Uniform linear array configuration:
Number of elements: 24
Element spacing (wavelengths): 0.5
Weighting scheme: uniform
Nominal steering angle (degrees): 45
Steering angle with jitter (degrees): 45.063
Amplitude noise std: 0.05
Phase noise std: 0.05

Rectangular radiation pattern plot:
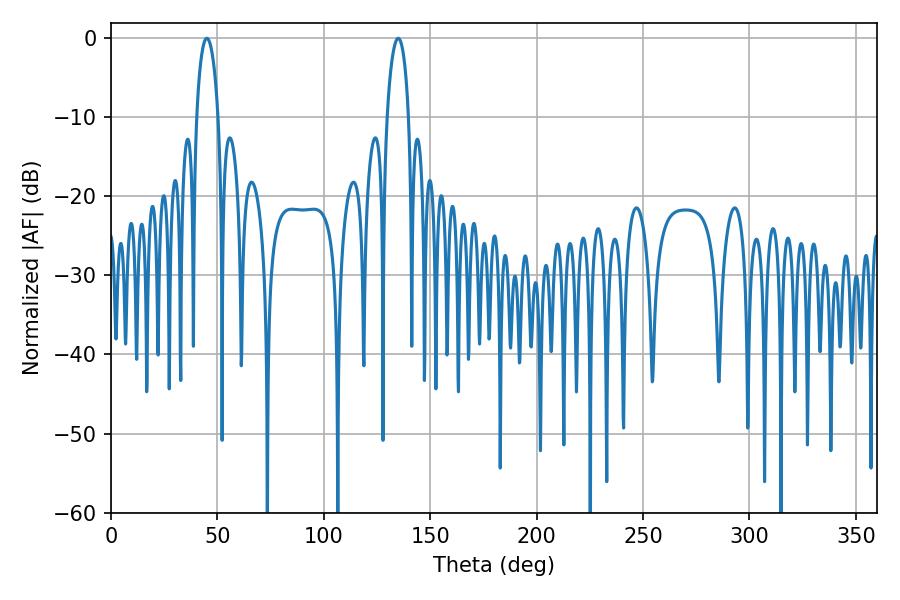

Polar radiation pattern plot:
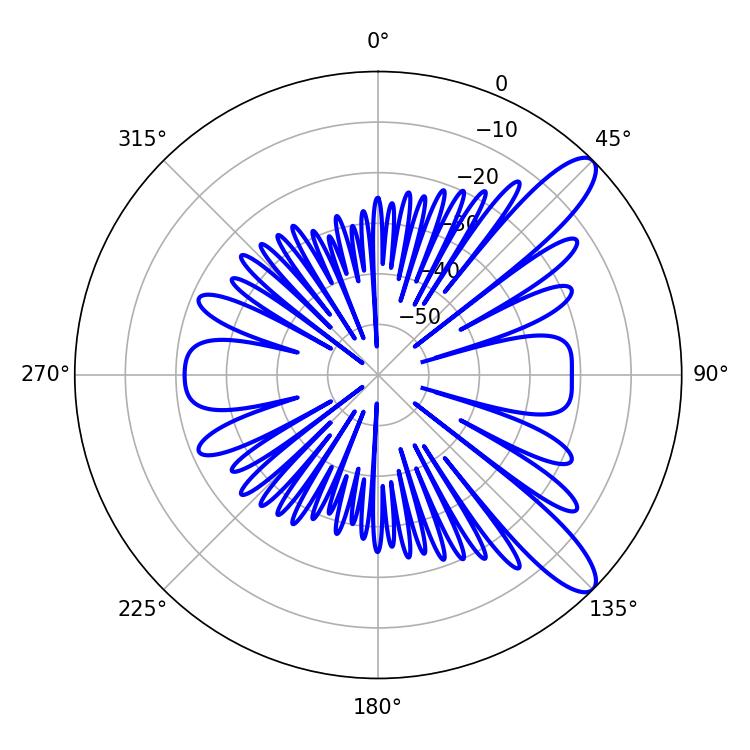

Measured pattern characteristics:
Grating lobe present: FALSE
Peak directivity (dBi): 10.891
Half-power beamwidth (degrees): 5.76
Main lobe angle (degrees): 45